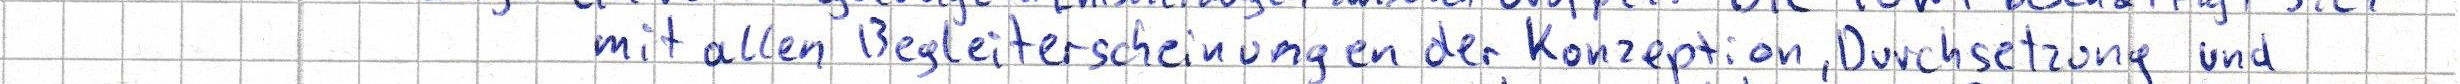
mit allen Begleiterscheinungen der Konzeption, Durchsetzung und